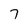
Character: 7